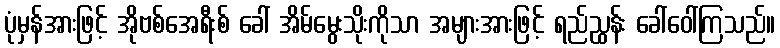
ပုံမှန်အားဖြင့် အိုဗစ်အေရီးစ် ခေါ် အိမ်မွေးသိုးကိုသာ အများအားဖြင့် ရည်ညွှန်း ခေါ်ဝေါ်ကြသည်။